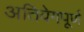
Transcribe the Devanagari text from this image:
अतिवेगपूर्ण